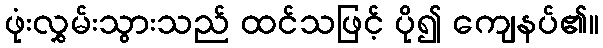
ဖုံးလွှမ်းသွားသည် ထင်သဖြင့် ပို၍ ကျေနပ်၏။